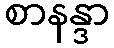
စာနန္ဒာ